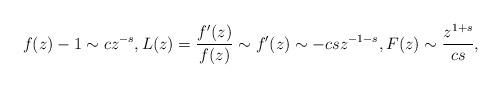
LaTeX: \begin{align*}f(z) - 1 \sim c z^{-s} , L(z) = \frac{f'(z)}{f(z)} \sim f'(z) \sim -cs z^{-1-s} , F(z) \sim \frac{z^{1+s}}{cs} , \end{align*}